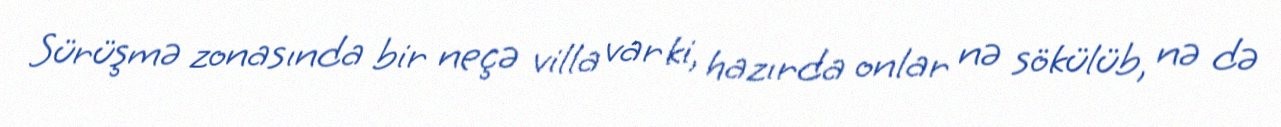
Sürüşmə zonasında bir neçə villa var ki, hazırda onlar nə sökülüb, nə də